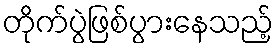
တိုက်ပွဲဖြစ်ပွားနေသည့်